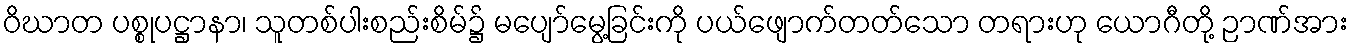
ဝိဃာတ ပစ္စုပဋ္ဌာနာ၊ သူတစ်ပါးစည်းစိမ်၌ မပျော်မွေ့ခြင်းကို ပယ်ဖျောက်တတ်သော တရားဟု ယောဂီတို့ ဉာဏ်အား